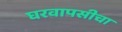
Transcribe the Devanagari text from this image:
घरवापसीचा